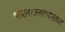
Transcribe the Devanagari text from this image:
भारत।उत्तरभारतात